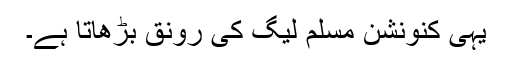
یہی کنونشن مسلم لیگ کی رونق بڑھاتا ہے۔